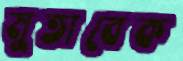
মুতাবেক